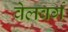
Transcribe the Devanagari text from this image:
वेलबर्ग